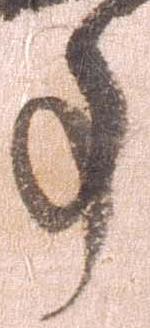
事